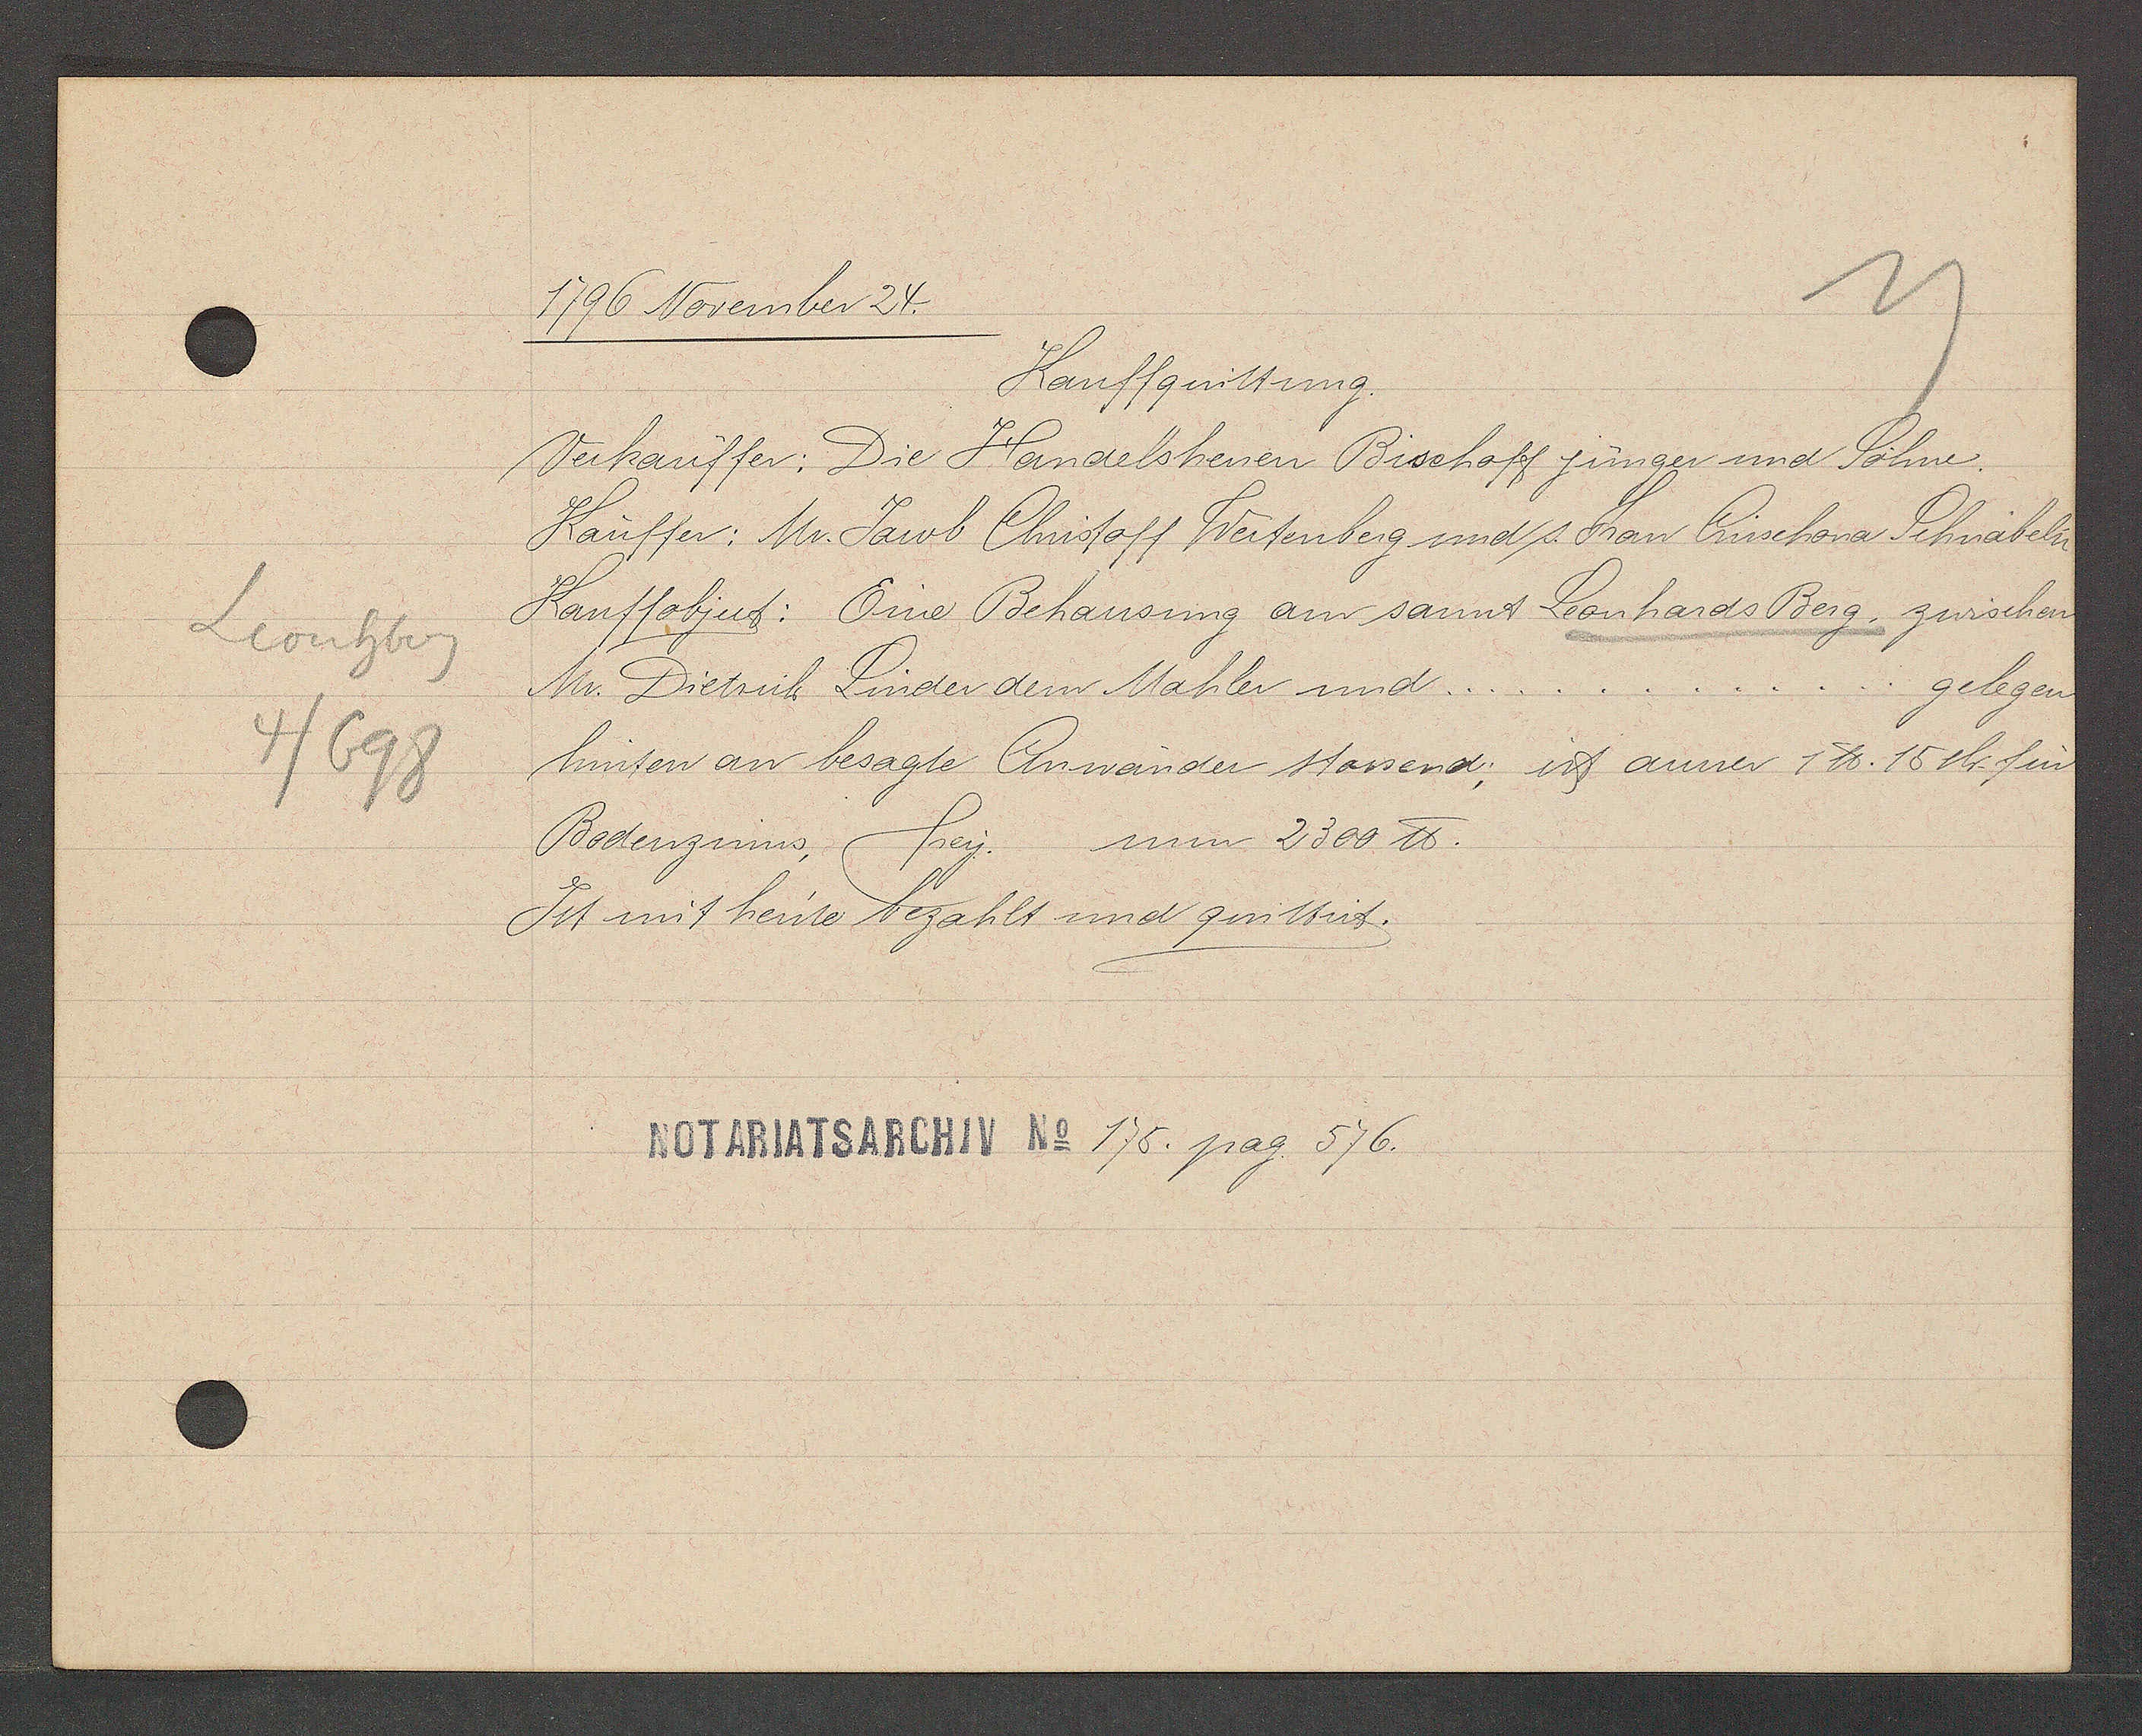
Transcript:
Leonhbrg
4/698

1796 November 24.

Kauffquittung.
Verkauffer: Die Handelsherren Bischoff jünger und Söhne.
Kaüffer: Mr. Jacob Christoff Weitenberg und s. Frau Crischona Schnäbelin
Kauffobject: Eine Behausung am sannt Leonhards Berg, zwischen
Mr. Dietrich Linder dem Mahler und.
gelegen.
hinten an besagte Anwänder stossend; ist ausser 1 ℔. 15sh. für
Bodenzinns, frey. um 2300 ℔.
Ist mit heute bezahlt und quittirt.

Notariatsarchiv No 175. pag. 576.